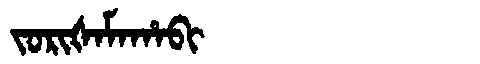
Manchu: ᠵᠣᡵᡳᡧᠠᠮᠠᡥᠠᠪᡳ
Romanization: JORIŠAMAHABI